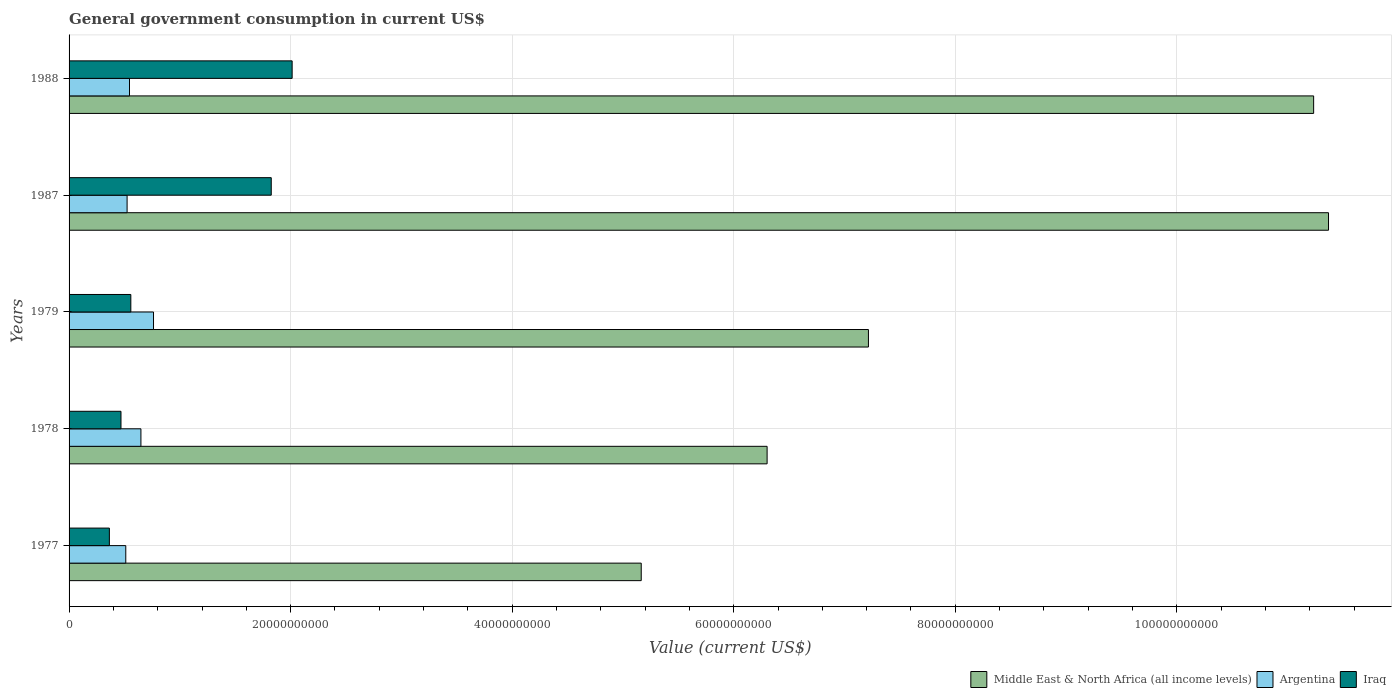
| Years | Middle East & North Africa (all income levels) | Argentina | Iraq |
 | --- | --- | --- | --- |
 | 1977 | 5.17e+10 | 5.12e+09 | 3.64e+09 |
 | 1978 | 6.3e+10 | 6.49e+09 | 4.69e+09 |
 | 1979 | 7.22e+10 | 7.62e+09 | 5.58e+09 |
 | 1987 | 1.14e+11 | 5.24e+09 | 1.83e+10 |
 | 1988 | 1.12e+11 | 5.45e+09 | 2.01e+10 |